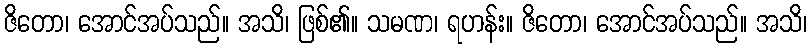
ဇိတော၊ အောင်အပ်သည်။ အသိ၊ ဖြစ်၏။ သမဏ၊ ရဟန်း။ ဇိတော၊ အောင်အပ်သည်။ အသိ၊